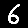
Digit: 6